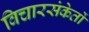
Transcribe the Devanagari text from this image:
विचारसंकेतों